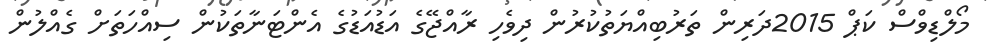
މޯލްޑިވްސް ކަޕް 2015ދަރިން ތަރުބިއްޔަތުކުރުން ދިވެހި ރާއްޖޭގެ އަޑުއަޑުގެ އެންޓަނާތަކުން ސިއްހަތަށް ގެއްލުން